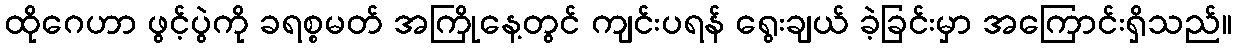
ထိုဂေဟာ ဖွင့်ပွဲကို ခရစ္စမတ် အကြိုနေ့တွင် ကျင်းပရန် ရွေးချယ် ခဲ့ခြင်းမှာ အကြောင်းရှိသည်။